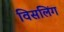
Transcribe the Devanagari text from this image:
विसलिंग